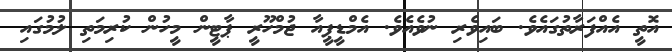
އޮތީ އެއްފަރާތުގައެވެ. ބައިވެރި ނުވެއެވެ. އެމްޑީޕީއާ ޖުމްހޫރީ ޕާޓީން މީހުން ކުރިމަތި ލުމުގައި